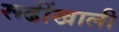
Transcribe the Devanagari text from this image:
रूढींखाली